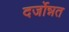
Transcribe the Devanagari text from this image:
दर्जोन्नत